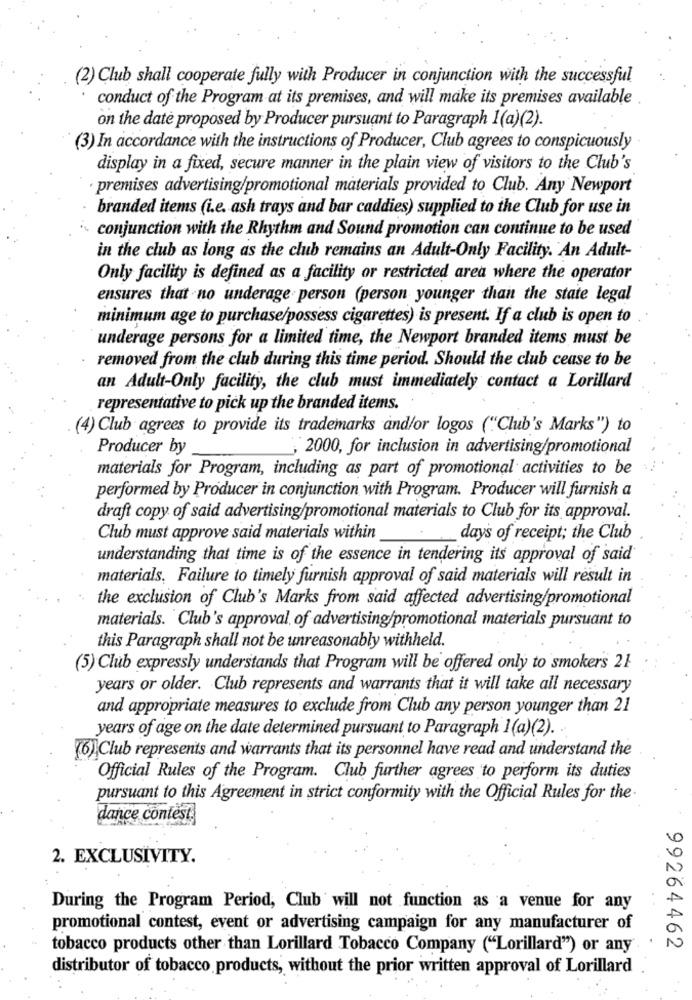
(2) Club shall cooperate fully with Producer in conjunction with the successful
conduct of the Program at its premises, and will make its premises available
on the date proposed by Producer pursuant to Paragraph 1(a)(2).
(3) In accordance with the instructions of Producer, Club agrees to conspicuously
display in a fixed, secure manner in the plain view of visitors to the Club's
· premises advertising/promotional materials provided to Club. Any Newport
branded items (i.e. ash trays and bar caddies) supplied to the Club for use in
conjunction with the Rhythm and Sound promotion can continue to be used
in the club as long as the club remains an Adult-Only Facility. An Adult-
Only facility is defined as a facility or restricted area where the operator
ensures that no underage person (person younger than the state legal
minimum age to purchase/possess cigarettes) is present. If a club is open to
underage persons for a limited time, the Newport branded items must be
removed from the club during this time period. Should the club cease to be
an Adult-Only facility, the club must immediately contact a Lorillard
representative to pick up the branded items.
(4) Club agrees to provide its trademarks and/or logos ("Club's Marks") to
Producer by
, 2000, for inclusion in advertising/promotional
materials for Program, including as part of promotional activities to be
performed by Producer in conjunction with Program. Producer will furnish a
draft copy of said advertising/promotional materials to Club for its approval.
Club must approve said materials within
days of receipt; the Club
understanding that time is of the essence in tendering its approval of said
materials, Failure to timely furnish approval of said materials will result in
the exclusion of Club's Marks from said affected advertising/promotional
materials. Club's approval of advertising/promotional materials pursuant to
this Paragraph shall not be unreasonably withheld.
(5) Club expressly understands that Program will be offered only to smokers 21
years or older. Club represents and warrants that it will take all necessary
and appropriate measures to exclude from Club any person younger than 21
years of age on the date determined pursuant to Paragraph 1(a)(2). .
(6) Club represents and warrants that its personnel have read and understand the
Official Rules of the Program. Club further agrees to perform its duties
pursuant to this Agreement in strict conformity with the Official Rules for the
dance contest.
2. EXCLUSIVITY.
During the Program Period, Club will not function as a venue for any
promotional contest, event or advertising campaign for any manufacturer of
tobacco products other than Lorillard Tobacco Company ("Lorillard") or any
99264462
distributor of tobacco products, without the prior written approval of Lorillard